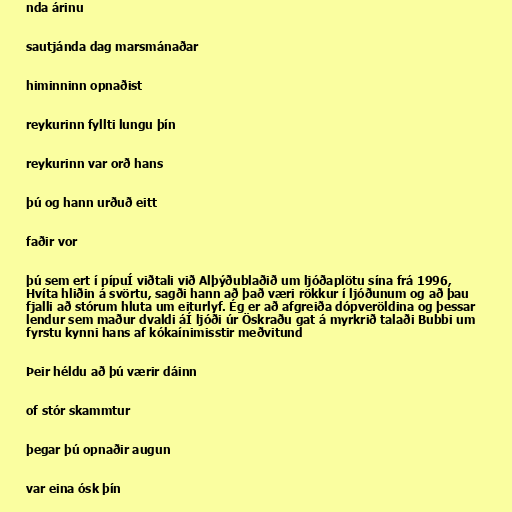
nda árinu

sautjánda dag marsmánaðar

himinninn opnaðist

reykurinn fyllti lungu þín

reykurinn var orð hans

þú og hann urðuð eitt

faðir vor

þú sem ert í pípuÍ viðtali við Alþýðublaðið um ljóðaplötu sína frá 1996,
Hvíta hliðin á svörtu, sagði hann að það væri rökkur í ljóðunum og að þau
fjalli að stórum hluta um eiturlyf. Ég er að afgreiða dópveröldina og þessar
lendur sem maður dvaldi áÍ ljóði úr Öskraðu gat á myrkrið talaði Bubbi um
fyrstu kynni hans af kókaínimisstir meðvitund

Þeir héldu að þú værir dáinn

of stór skammtur

þegar þú opnaðir augun

var eina ósk þín